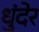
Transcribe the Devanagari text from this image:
धुंदेर